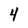
Character: 4